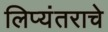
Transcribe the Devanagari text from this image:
लिप्यंतराचे